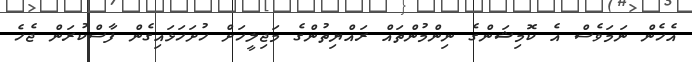
އެހެން ނަމަވެސް އެ ކޮމިޝަންގެ ނިންމުންތައް ރައްޔިތުންގެ މަޖިލީހަށް ހުށަހަޅައިގެން ފާސްކުރަން ޖެހެ